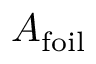
A _ { \mathrm { f o i l } }